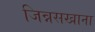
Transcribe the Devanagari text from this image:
जिन्नसखाना